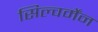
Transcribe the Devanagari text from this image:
सिल्वर्मेंन